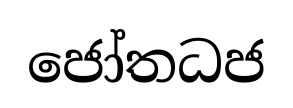
ජෝතධජ